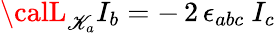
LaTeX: {\calL}_{\mathscr{K}_{a}}I_{b}=-\, 2\, \epsilon_{abc}\ I_{c}